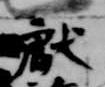
献